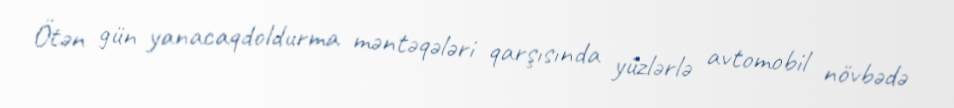
Ötən gün yanacaqdoldurma məntəqələri qarşısında yüzlərlə avtomobil növbədə